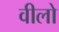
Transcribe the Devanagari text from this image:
वीलो